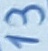
Text: 13